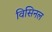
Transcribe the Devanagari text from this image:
विसिनल